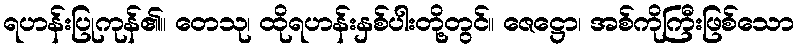
ရဟန်းပြုကုန်၏။ တေသု၊ ထိုရဟန်းနှစ်ပါးတို့တွင်။ ဇေဋ္ဌော၊ အစ်ကိုကြီးဖြစ်သော